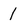
Character: l